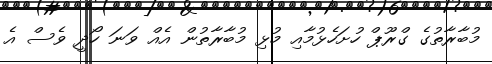
މުބާރާތުގެ ގްރޫޕް ހުށަހެޅުމާއި މުޅި މުބާރާތުން އެއް ވަނަ ހޯދީ ވެސް އެ